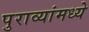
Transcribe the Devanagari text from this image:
पुराव्यांमध्ये